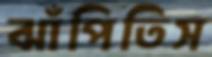
ঝাঁপিতিস